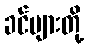
ခင်ဗျားတို့